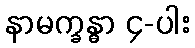
နာမက္ခန္ဓာ ၄-ပါး